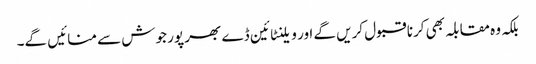
بلکہ وہ مقابلہ بھی کرنا قبول کریں گے اور ویلنٹائین ڈے بھر پور جوش سے منائیں گے۔